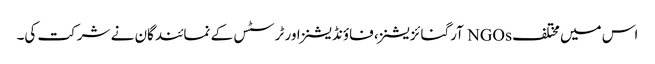
اس میں مختلف NGOs آرگنائزیشنز، فاؤنڈیشنز اور ٹرسٹس کے نمائندگان نے شرکت کی۔